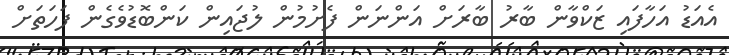
އެއަޑު އަހާފައި ޒަކްވާން ބާރު ބާރަށް އަންނަން ފެށުމުން ލުޖައިން ކަންބޮޑުވެގެން ފަހަތަށް